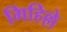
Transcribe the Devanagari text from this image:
गिहिल्ले